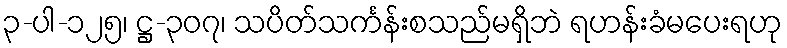
၃-ပါ-၁၂၅၊ ဋ္ဌ-၃၀၇၊ သပိတ်သင်္ကန်းစသည်မရှိဘဲ ရဟန်းခံမပေးရဟု